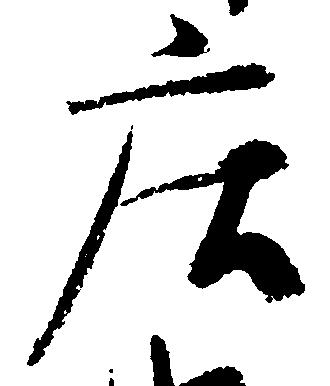
庄